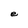
Character: e